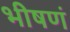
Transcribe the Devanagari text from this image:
भीषणं